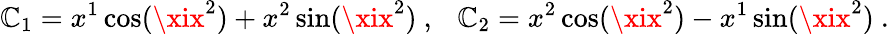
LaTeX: \mathbb{C}_{1}=x^{1}\cos(\xix^{2})+x^{2}\sin(\xix^{2})\ ,\ \ \ \mathbb{C}_{2}=x^{2}\cos(\xix^{2})-x^{1}\sin(\xix^{2})\ .